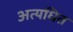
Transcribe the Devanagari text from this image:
अत्यधित